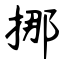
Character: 挪